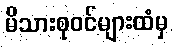
မိသားစုဝင်များထံမှ